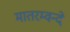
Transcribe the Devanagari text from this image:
मातरम्वन्दे